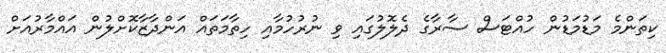
ކިތަންމެ މަޑުމަޑުން ހުއްޓަސް ސާރާގެ ދެލޮލުގައި ވި ނުރުހުމާއި ހިތާމަތައް އަންދާޒާކޮށްލުން އައްމާރުއަށް